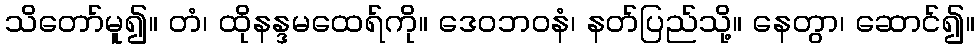
သိတော်မူ၍။ တံ၊ ထိုနန္ဒမထေရ်ကို။ ဒေဝဘဝနံ၊ နတ်ပြည်သို့။ နေတွာ၊ ဆောင်၍။